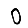
Digit: 0